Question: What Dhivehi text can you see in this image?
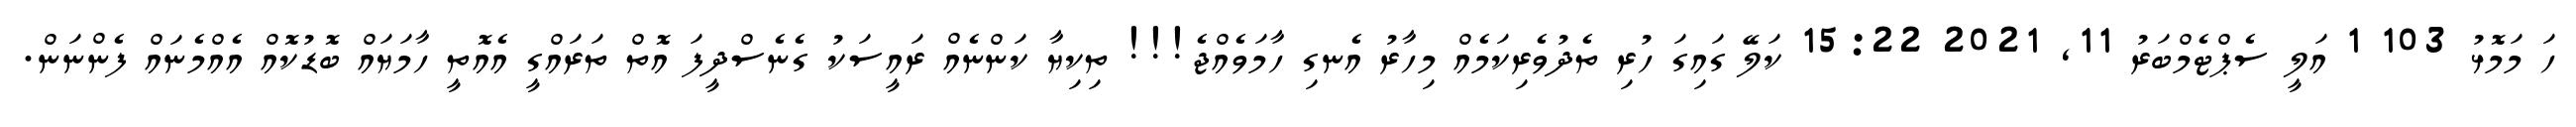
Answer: ހަ މަމޮޅު 103 1 އަލީ ސެޕްޓެމްބަރު 11, 2021 15:22 ކަލޭ ގައިގަ ހުރި ތެދުވެރިކަމެއް މިހާރު އެނގި ހާމަވެއްޖެ!!! ތިކިޔާ ކަންނެއް ރައީސަކު ގެނެސްދީފަ އޮތް ތަރައްގީ އެއޮތީ ހާމަޔައް ބޮޑުކޮއް އެއްމެނައް ފެންނަން.